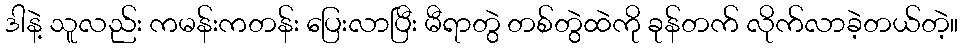
ဒါနဲ့ သူလည်း ကမန်းကတန်း ပြေးလာပြီး မီရာတွဲ တစ်တွဲထဲကို ခုန်တက် လိုက်လာခဲ့တယ်တဲ့။